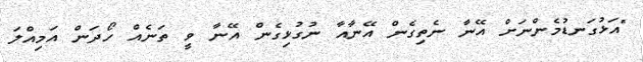
"އަޅުގަނޑުމެންނަށް އޭނާ ނެތިގެން އޭނާއާ ނުގުޅިގެން އޭނާ ވީ ތަނެއް ހޯދަން އަމިއްލަ